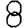
Digit: 8